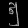
Digit: ၅